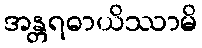
အန္တရဓာယိဿာမိ